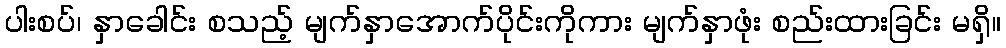
ပါးစပ်၊ နှာခေါင်း စသည့် မျက်နှာအောက်ပိုင်းကိုကား မျက်နှာဖုံး စည်းထားခြင်း မရှိ။